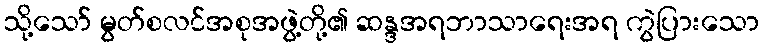
သို့သော် မွတ်စလင်အစုအဖွဲ့တို့၏ ဆန္ဒအရဘာသာရေးအရ ကွဲပြားသော